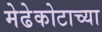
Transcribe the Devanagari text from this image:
मेढेकोटाच्या